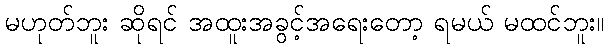
မဟုတ်ဘူး ဆိုရင် အထူးအခွင့်အရေးတော့ ရမယ် မထင်ဘူး။